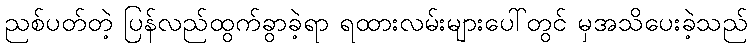
ညစ်ပတ်တဲ့ ပြန်လည်ထွက်ခွာခဲ့ရာ ရထားလမ်းများပေါ်တွင် မှအသိပေးခဲ့သည်